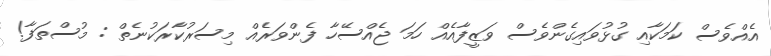
އެއްވެސް ކަމަކާއި ގުޅުވައިގެންވެސް ވަޒީފާއެއް ހަމަ ޖެއްސޭހާ ފެންވަރެއް މިސަރުކާރަކުނެތް : މުސްތަފާ!